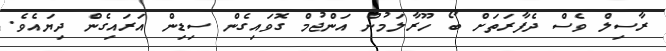
ރާސިލް ވެސް ދެފާރަތަށް ބޯ ހޫރާލަމުން އަންޖުމް ގޮވައިގެން ސިޑިން އަރައިގެން ދިޔައެވެ.